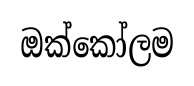
ඔක්කෝලම